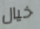
خيال